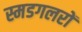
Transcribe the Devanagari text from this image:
स्मडगलरों